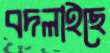
বদলাইছে